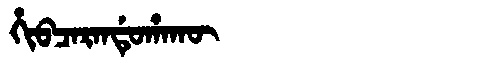
Manchu: ᡥᡳᠪᠴᠠᡵᠠᠨᡩᡠᡥᠠᡴᡡ
Romanization: HIBCARANDUHAKŪ